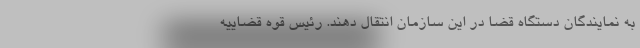
به نمایندگان دستگاه قضا در این سازمان انتقال دهند. رئیس قوه قضاییه